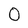
Character: 0